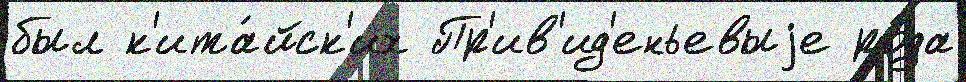
был к'ита́йск'их Пр'ив'ид'еньевыjе ро́да